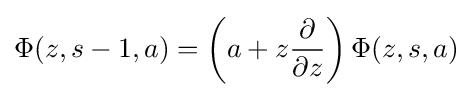
\Phi (z,s-1,a)=\left(a+z{\frac {\partial }{\partial z}}\right)\Phi (z,s,a)